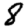
Digit: 8